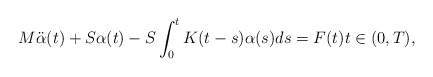
\begin{align*} M\ddot \alpha(t) + S \alpha(t)- S \int_0^t K(t-s)\alpha(s) ds =F(t) t\in (0,T), \end{align*}